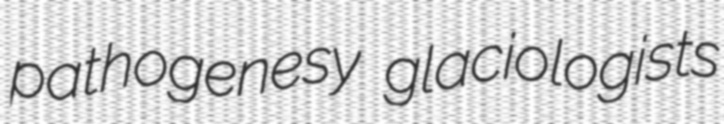
pathogenesy glaciologists